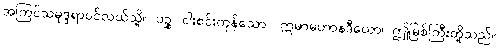
အကြင်သမုဒ္ဒရာပင်လယ်သို့။ ပဉ္စ၊ ငါးစင်းကုန်သော။ ဣမာမဟာနဒီယော၊ ဤမြစ်ကြီးတို့သည်။